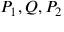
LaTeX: P _ { 1 } , Q , P _ { 2 }